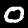
Label: 0